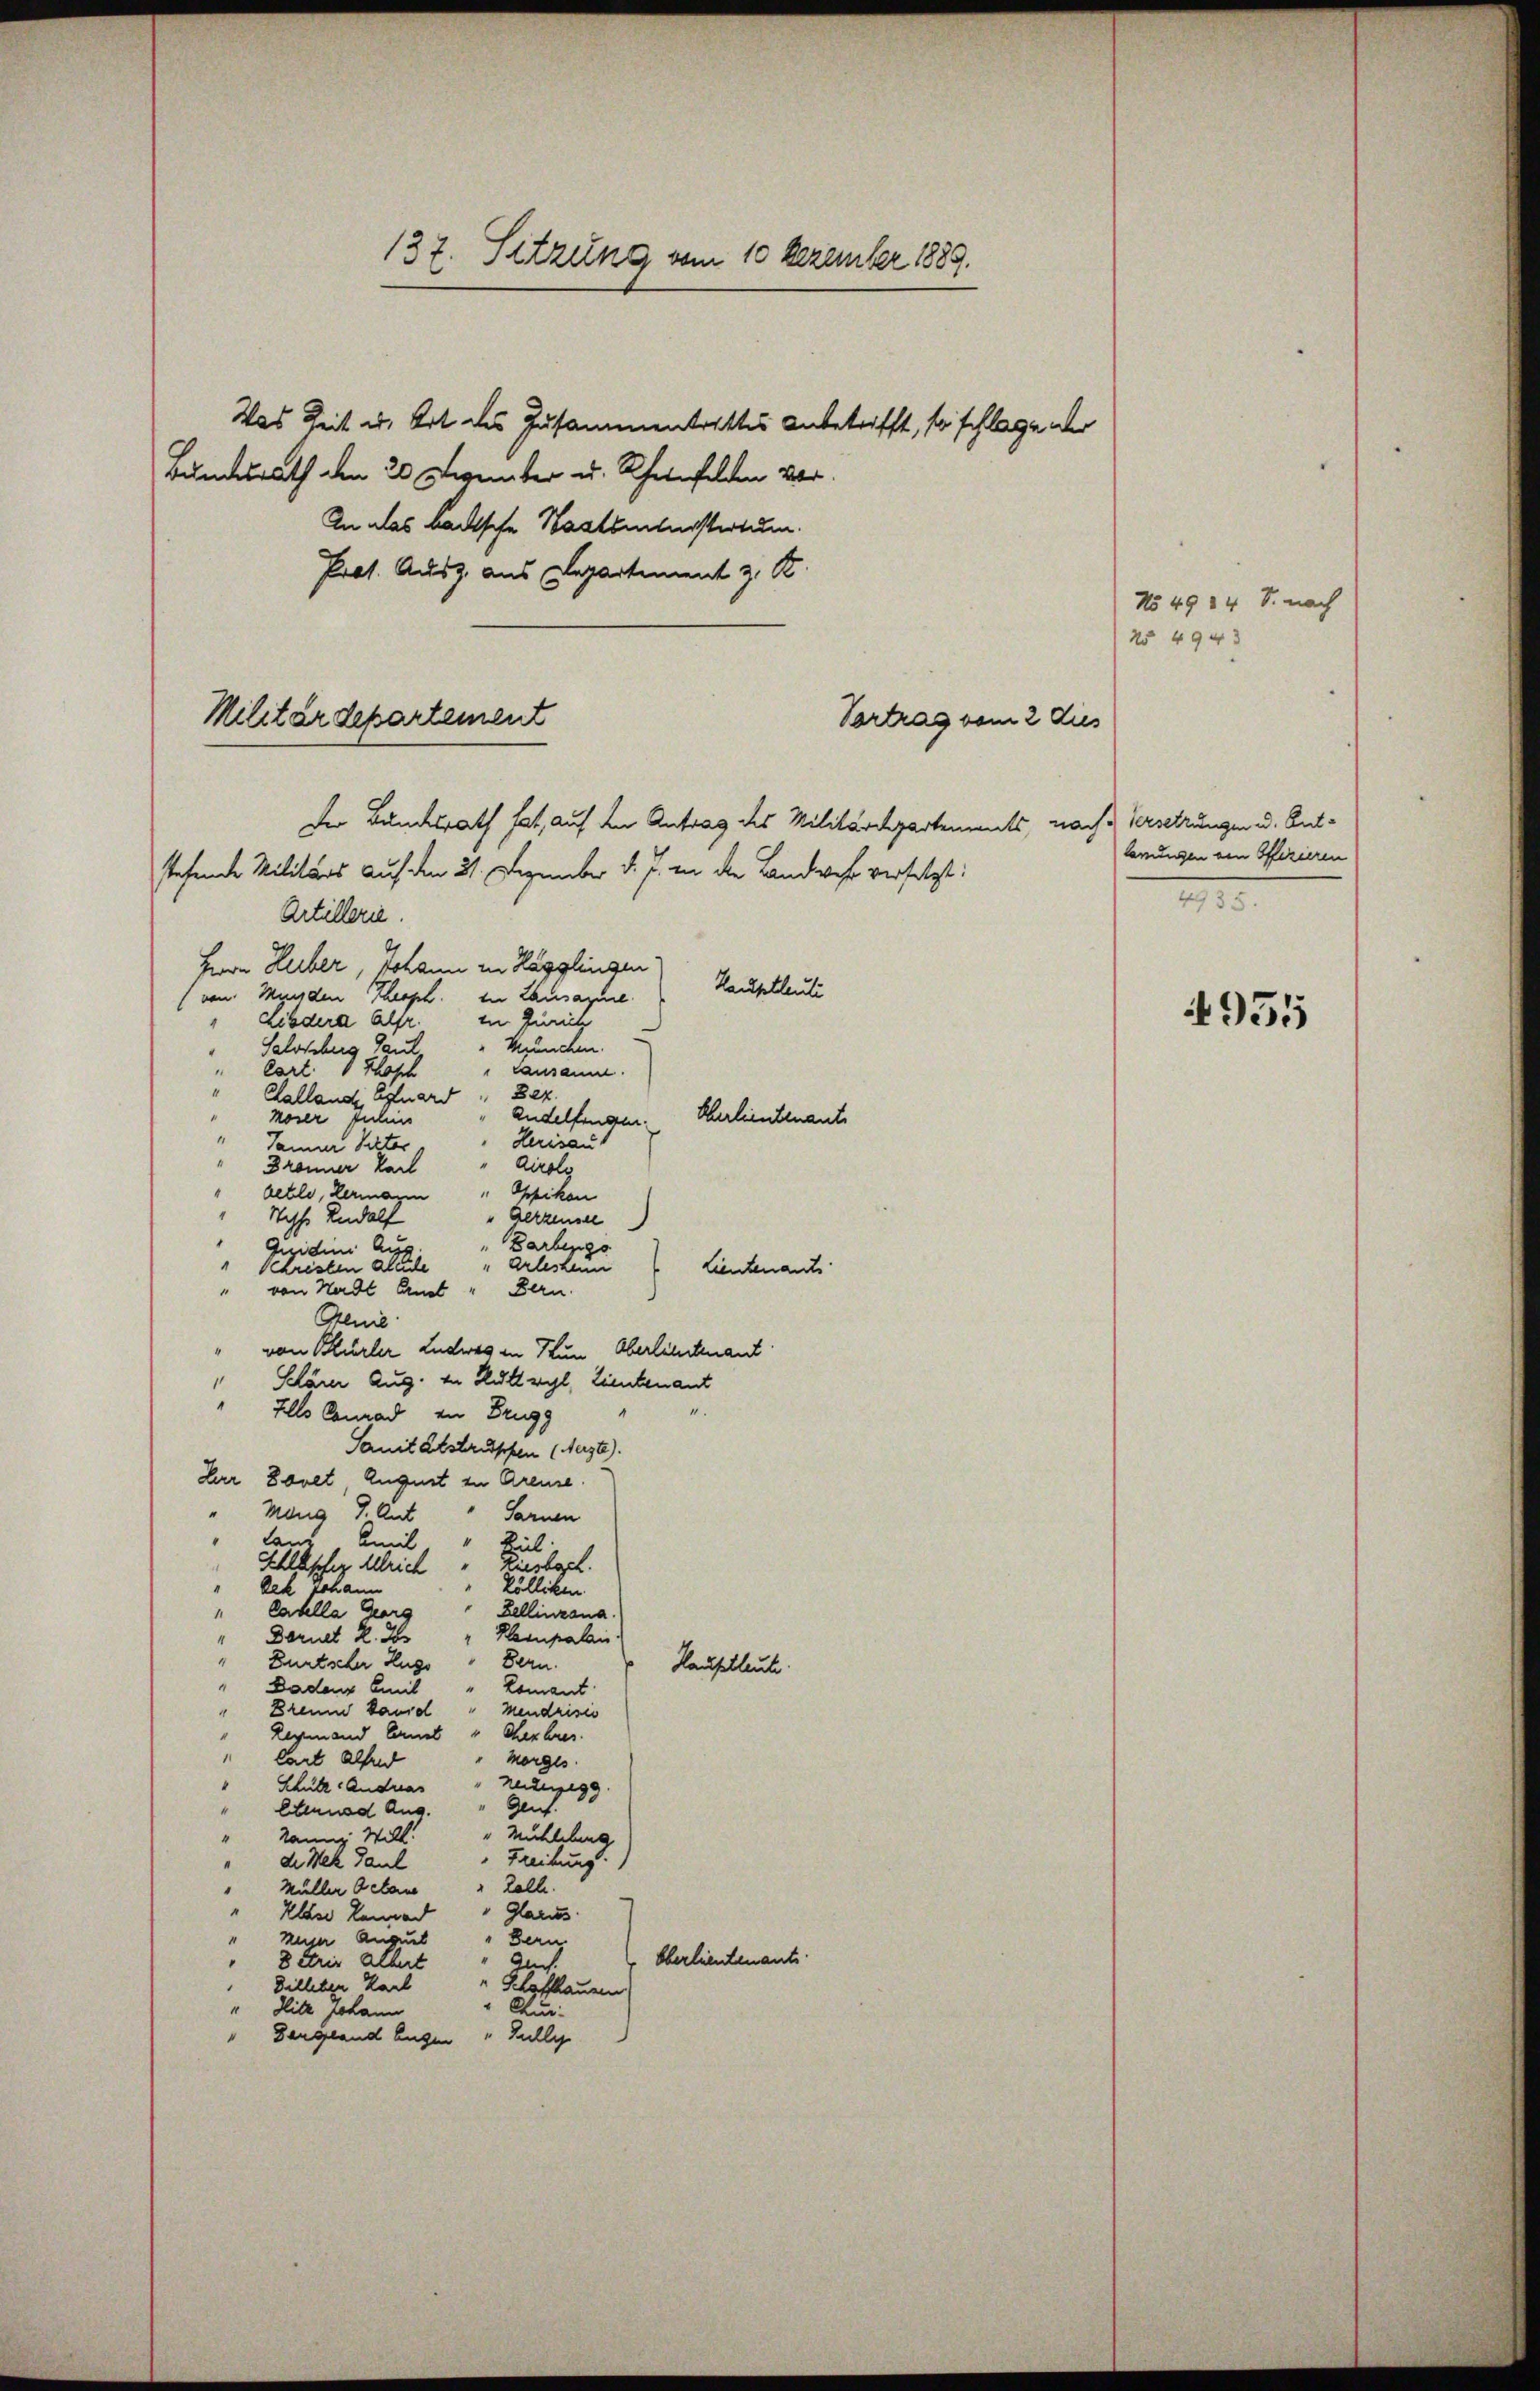
Militärdepartement

137. Sitzung vom 10 Dezember 1889.
Das Zeit u. Art des Zusammentrittes anbetrifft, so schlage der
Bundesrath den 20 Dezember u. Rheinfelden vor

An das backsche Staatsanterstertum.
Pret. Ausz. aus Departement z. B
Vertrag vom 2 dies
Der Bundtrath hat, auf den Antrag des Militärdepartements, nach & Versetzungen u. Ant¬
Artillerie.
Herrn Huber, Johann in Hägglingen:
Hauptleute
von Münden Theoph. In Lausamme
in Zürich
"Libdera Alfr.
München.
Salosburg Gaut
lart. 1 thosch
causanne.
Bez.
Kalland lignard
Herlieutenante
Andelfingen.
moser Julius
Herisaut
Janner Ritter,
Airolo
Bronner Karl
belle, Hermann              "  fikon
Ichs Rudolf
"Altzensee
“
Barlings
Gezidini Aus
Arlesheim
" Schristen Kleide
Lieutenant
Bern.
" von Hardt Aust
Genie
von Hürler Ludwig in Tun Oberlieutenant
Schärer Aug. zu Ruttwyl, Liebenant
" Als Conrad zu Brugg
Sanitätstruppen (Meizte).
Dr Bovet, August zu Greuse
" Mann J. Ant
Sarnen
lang
Amil
Til.
Schlasser Ulrich - Riesbach.
Kölliken
Ach Johann
.
Cabella Gara
Zellinzona.
"Klampalai
Deruet 2. Is
Bern.
Bürtscher Zugs
Hauptleute.
Dadenz Emil
Romant
Breum band " Mendrisis
Regmand Const "Cheshres.
lart allend
" Morges.
heizugegg
Schütz Andreas
Genf.
Etennad Aug.
" Mühlebung
kann. Will!
Freibung.
de Nek Paul
Lalle.
Müller Octan
" Glarus
Klare Land
Unser Auguet
" Bern.
Oberlieutenante.
Auch
8 Fris Albert
" Schaffhausen
Dilleten Karl
" Chur:
" Hitz Johann
" Dergland Augen "Jully

stehende Militärs auf den 21. Dezember d. J. in die Landwehr versetzt:

No 49 24 S. nach
25 4943

lerungen von Offizieren
4935.

4955